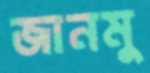
জানমু